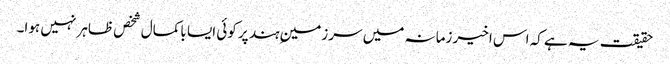
حقیقت یہ ہے کہ اس اخیر زمانہ میں سرزمینِ ہند پر کوئی ایسا باکمال شخص ظاہر نہیں ہوا۔